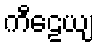
ကီဠေယျ